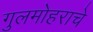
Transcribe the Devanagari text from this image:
गुलमोहराचे